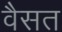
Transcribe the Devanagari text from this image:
वैसत